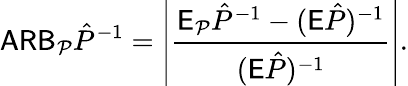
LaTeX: \mathsf{ARB}_{\mathcal P}\hat{P}^{-1}=\left|\frac{\mathsf E_{\mathcal P}\hat{P}^{-1}-(\mathsf E\hat{P})^{-1}}{(\mathsf E\hat{P})^{-1}}\right|.